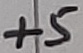
Text: +5